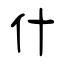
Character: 什